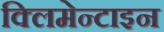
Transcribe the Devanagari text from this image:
क्लिमेन्टाइन